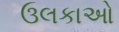
ઉલકાઓ